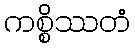
ကစ္စိဿတံ